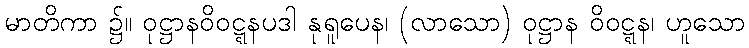
မာတိကာ ၌။ ဝုဋ္ဌာနဝိဝဋ္ဋနပဒါ နုရူပေန၊ (လာသော) ဝုဋ္ဌာန ဝိဝဋ္ဋန၊ ဟူသော